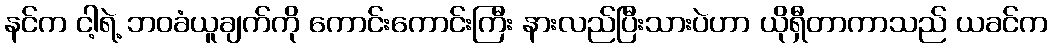
နင်က ငါ့ရဲ့ ဘဝခံယူချက်ကို ကောင်းကောင်းကြီး နားလည်ပြီးသားပဲဟာ ယိုရှီတာကာသည် ယခင်က